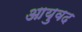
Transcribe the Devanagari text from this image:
आयुवद